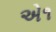
એ૧